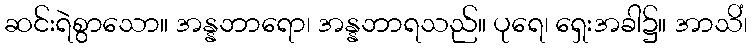
ဆင်းရဲစွာသော။ အန္နဘာရော၊ အန္နဘာရသည်။ ပုရေ၊ ရှေးအခါ၌။ အာသိံ၊